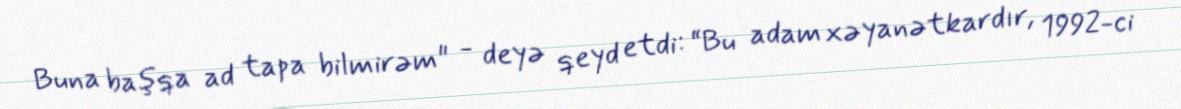
Buna başqa ad tapa bilmirəm" - deyə qeyd etdi: “Bu adam xəyanətkardır, 1992-ci